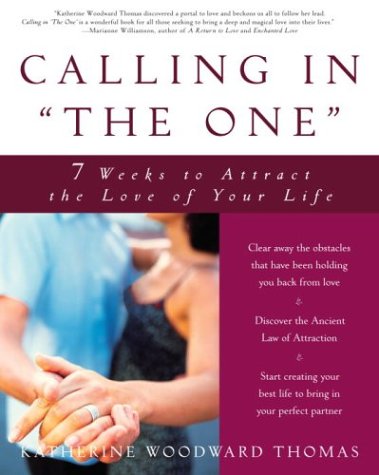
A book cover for Calling in "The One": 7 Weeks to Attract the Love of Your Life; Katherine Woodward Thomas; Self-Help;